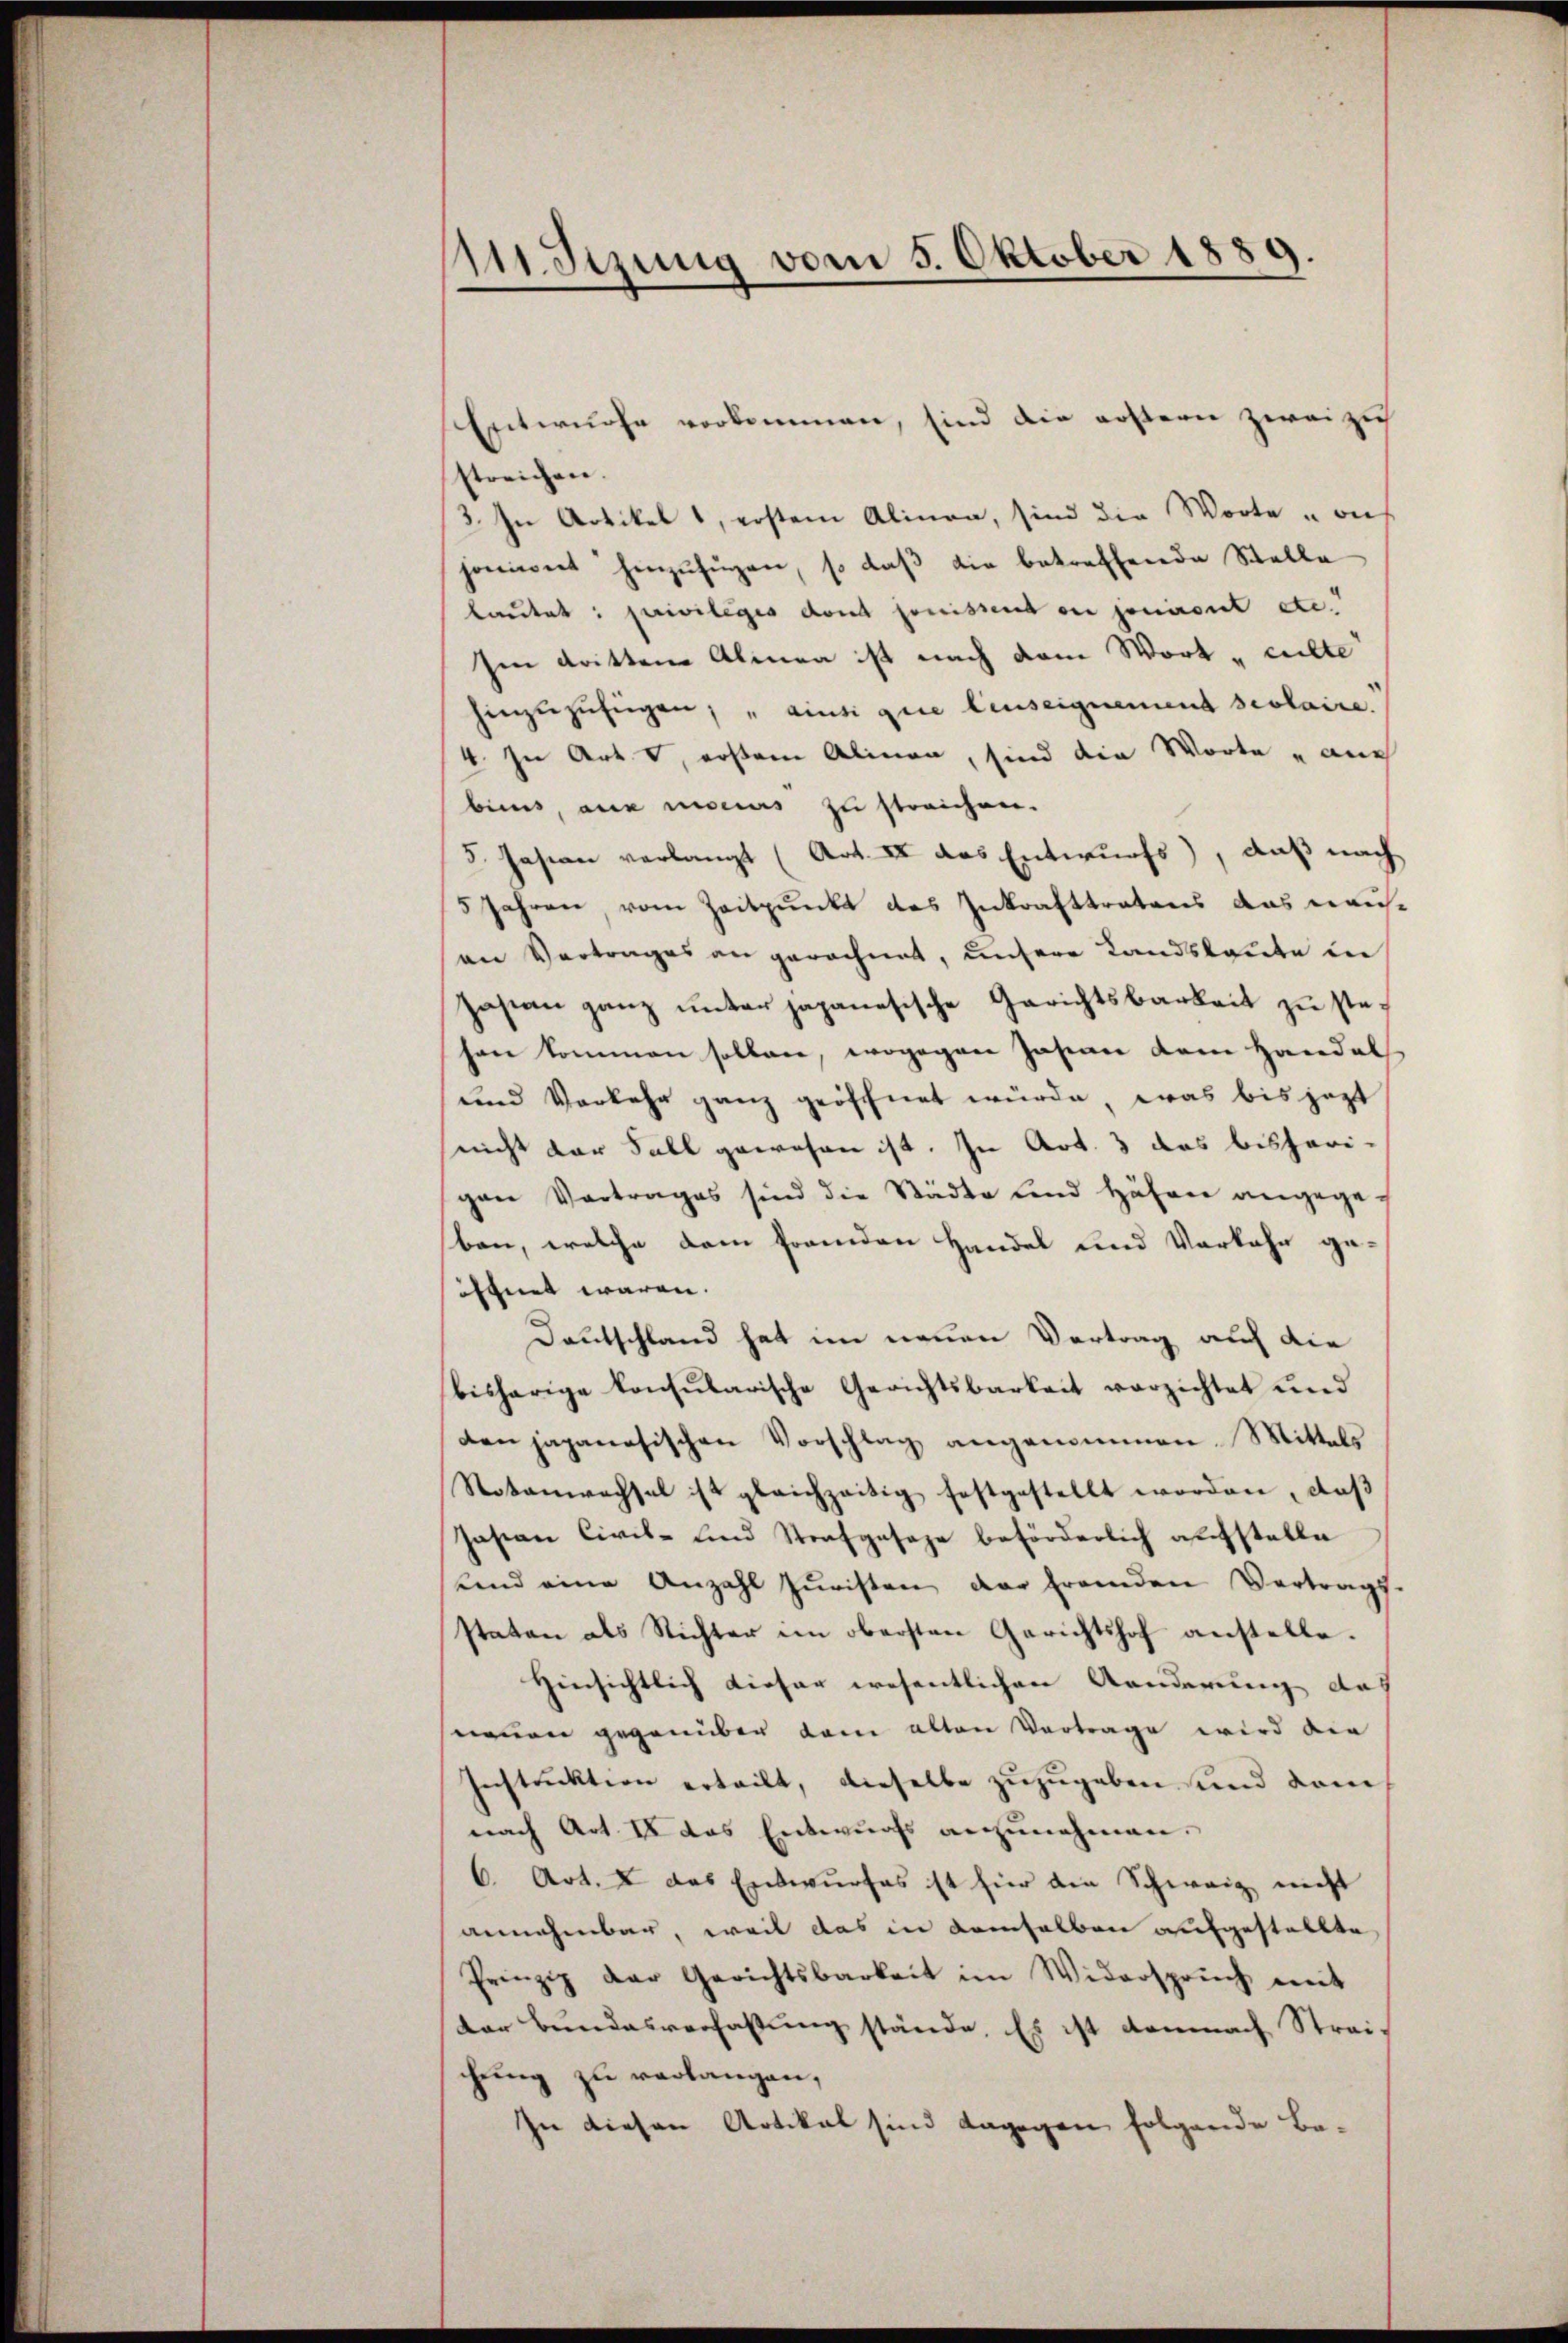
Sizung vom 5. Oktober 1889.

Entwurfe vorkommen, sind die erstern zwei zu
streichen.
3. In Artikel 1, erstem Alinea, sind die Worte „on
joniert hinzufügen, so daß die betreffende Stelle
lautet: privilèges dont jouissent ou jouiront etc.
Ien drittene Almen ist nach dem Wort „culte
hinzuzufügen, ainsi que leuseignement scolaire.
4. In Art. d, erstem Alinen, sind die Worte auch
bins, aus niceius zu streichen.
5. Hasion verlangt (Art. II des Entwurfs, daß nach
5 Jahren, vom Zeitpunkt des Inkrafttratens das nais-
on Vertrages an gerechnet, unsere Landsleute in
pastan ganz unter japanesische Gerichtsbarkeit zŭ stesen kommen sollen, wogegen Jasian dem Handel
und Vorkehr ganz geöffnet würde, was bis jezt
(nicht der Fall gewesen ist. In Art. 3 das bisherigen Vortrages sind die Städte und Häfen angegeben, welche dem fremden Handel und Vorkehr geöffnet waren.
Deutschland hat im neuen Vertrag auch die
bisherige konsularische Gerichtsbarkeit verzichtet und
den japanesischen Vorschlag angenommen. Mittels
Sotanwachsel ist gleichzeitig festgestellt worden, daß
Jasian Civil- und Strafgesage beförderlich aufstelle
stand eine Anzahl juristen der fremden Vertrags
staten als Richter im obersten Gerichtshof anstelle.
Hinsichtlich dieser wesentlichen Aenderung das
nenen gegenüber dann alten Vortrage wird die
Instruktion erteilt, dieselbe zuzugeben sind dam
nach Art. In das Entwurfs anzunehmen.
6. Art. X das Entwurfes ist für die Schweiz nicht
annehmbar, weil das in demselben aufgestellte
Prinzip der Gerichtsbarkeit im Widerspruch mit
der Bundesverfassung stände. Es ist demnach Streichung zu verlangen,
In diesen Artikal sind dagegen folgende Be-